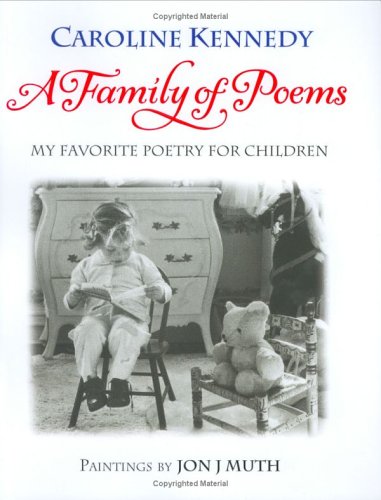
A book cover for A Family of Poems: My Favorite Poetry for Children; Caroline Kennedy; Children's Books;